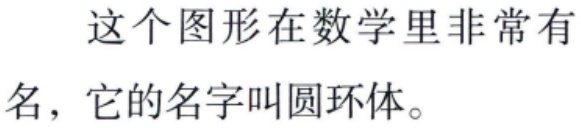
这个图形在数学里非常有名，它的名字叫圆环体。